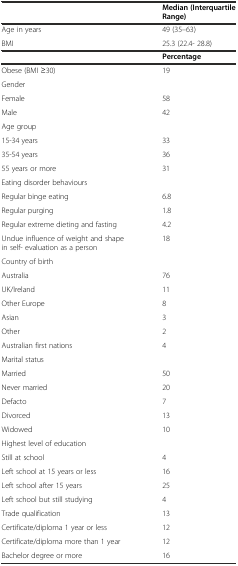
<table><thead><tr><td></td><td><b>Median (Interquartile Range)</b></td></tr></thead><tbody><tr><td>Age in years</td><td>49 (35–63)</td></tr><tr><td>BMI</td><td>25.3 (22.4- 28.8)</td></tr><tr><td></td><td><b>Percentage</b></td></tr><tr><td>Obese (BMI ≥30)</td><td>19</td></tr><tr><td>Gender</td><td></td></tr><tr><td>Female</td><td>58</td></tr><tr><td>Male</td><td>42</td></tr><tr><td>Age group</td><td></td></tr><tr><td>15-34 years</td><td>33</td></tr><tr><td>35-54 years</td><td>36</td></tr><tr><td>55 years or more</td><td>31</td></tr><tr><td>Eating disorder behaviours</td><td></td></tr><tr><td>Regular binge eating</td><td>6.8</td></tr><tr><td>Regular purging</td><td>1.8</td></tr><tr><td>Regular extreme dieting and fasting</td><td>4.2</td></tr><tr><td>Undue influence of weight and shape in self- evaluation as a person</td><td>18</td></tr><tr><td>Country of birth</td><td></td></tr><tr><td>Australia</td><td>76</td></tr><tr><td>UK/Ireland</td><td>11</td></tr><tr><td>Other Europe</td><td>8</td></tr><tr><td>Asian</td><td>3</td></tr><tr><td>Other</td><td>2</td></tr><tr><td>Australian first nations</td><td>4</td></tr><tr><td>Marital status</td><td></td></tr><tr><td>Married</td><td>50</td></tr><tr><td>Never married</td><td>20</td></tr><tr><td>Defacto</td><td>7</td></tr><tr><td>Divorced</td><td>13</td></tr><tr><td>Widowed</td><td>10</td></tr><tr><td>Highest level of education</td><td></td></tr><tr><td>Still at school</td><td>4</td></tr><tr><td>Left school at 15 years or less</td><td>16</td></tr><tr><td>Left school after 15 years</td><td>25</td></tr><tr><td>Left school but still studying</td><td>4</td></tr><tr><td>Trade qualification</td><td>13</td></tr><tr><td>Certificate/diploma 1 year or less</td><td>12</td></tr><tr><td>Certificate/diploma more than 1 year</td><td>12</td></tr><tr><td>Bachelor degree or more</td><td>16</td></tr></tbody></table>